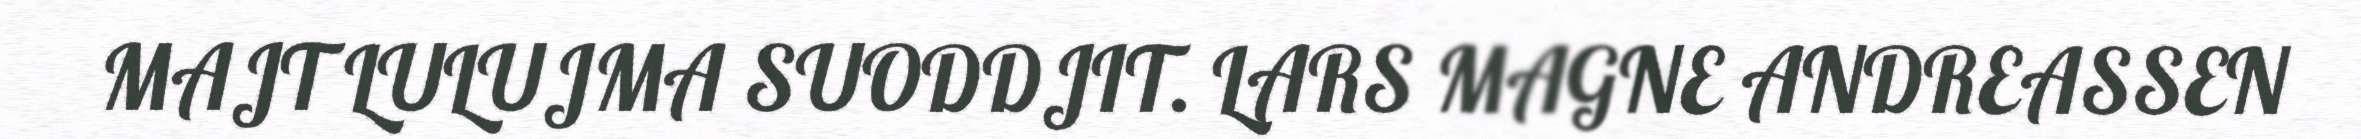
MAJT LULUJMA SUODDJIT. LARS MAGNE ANDREASSEN